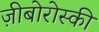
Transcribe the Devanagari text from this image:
ज़ीबोरोस्‍की